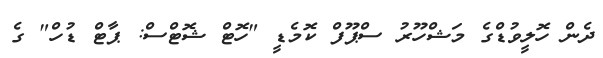
ދެން ހޮލީވުޑްގެ މަޝްހޫރު ސްޕޫފް ކޮމެޑީ "ހޮޓް ޝޮޓްސް: ޕާޓް ޑުހް" ގެ